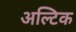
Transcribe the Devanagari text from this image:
अल्टिक